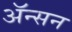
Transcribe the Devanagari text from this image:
ॲन्सन